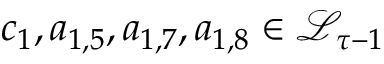
c _ { 1 } , a _ { 1 , 5 } , a _ { 1 , 7 } , a _ { 1 , 8 } \in \mathcal { L } _ { \tau - 1 }